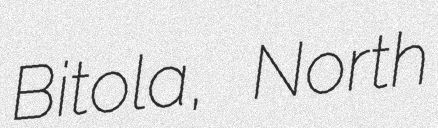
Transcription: Bitola, North